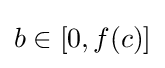
b\in [0,f(c)]